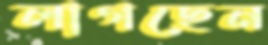
লাগছেন